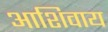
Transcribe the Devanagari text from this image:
आशिवाय